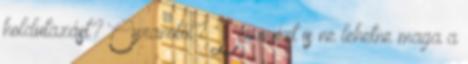
holdutazást? Cyranotól? De miért is ne lehetne maga a